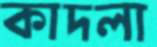
কাদলা